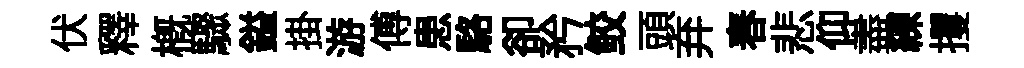
伏釋槪驟鎰掛游傅患駱卻矜鲛頭弃春悲仰盡練攫